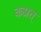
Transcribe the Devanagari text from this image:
कप्रत्